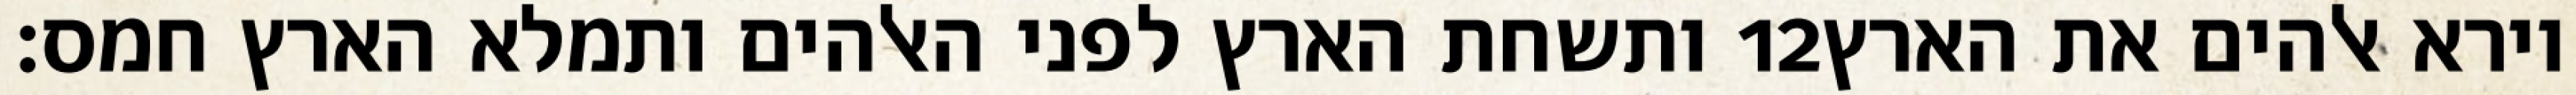
ותשחת הארץ לפני האלהים ותמלא הארץ חמס׃ ‎12‏ וירא אלהים את הארץ